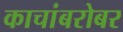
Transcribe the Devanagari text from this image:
काचांबरोबर